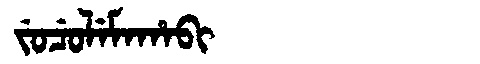
Manchu: ᠵᡠᠴᡠᠯᡝᠮᠠᡥᠠᠪᡳ
Romanization: JUCULEMAHABI